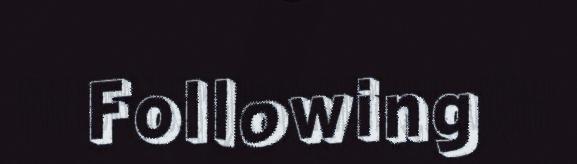
Following